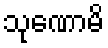
သုဏောမိ